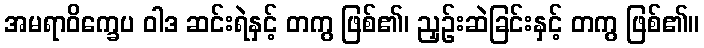
အမရာဝိက္ခေပ ဝါဒ ဆင်းရဲနှင့် တကွ ဖြစ်၏၊ ညှဉ်းဆဲခြင်းနှင့် တကွ ဖြစ်၏။